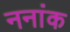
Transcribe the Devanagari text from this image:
ननांक